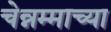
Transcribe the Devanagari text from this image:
चेन्नम्माच्या